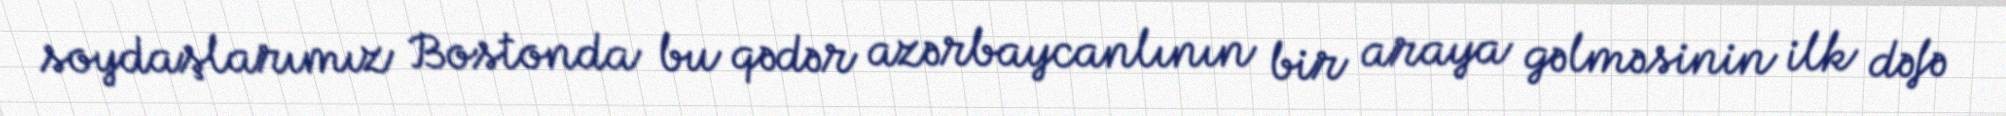
soydaşlarımız Bostonda bu qədər azərbaycanlının bir araya gəlməsinin ilk dəfə